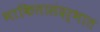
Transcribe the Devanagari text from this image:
भाकितासंदर्भात